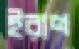
ইরাণ